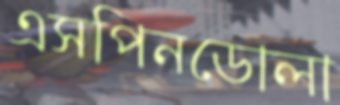
এসপিনডোলা